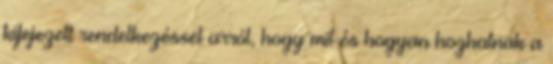
kifejezett rendelkezéssel arról, hogy mit és hogyan hozhatnak a